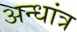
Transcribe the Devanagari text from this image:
अन्धांत्र